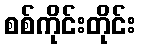
စစ်ကိုင်းတိုင်း